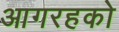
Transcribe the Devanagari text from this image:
आगरहको